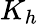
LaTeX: K_{h}